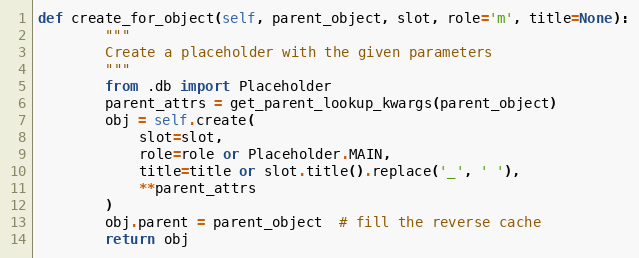
Language: Python
def create_for_object(self, parent_object, slot, role='m', title=None):
        """
        Create a placeholder with the given parameters
        """
        from .db import Placeholder
        parent_attrs = get_parent_lookup_kwargs(parent_object)
        obj = self.create(
            slot=slot,
            role=role or Placeholder.MAIN,
            title=title or slot.title().replace('_', ' '),
            **parent_attrs
        )
        obj.parent = parent_object  # fill the reverse cache
        return obj